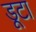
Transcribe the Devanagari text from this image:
डूटा